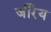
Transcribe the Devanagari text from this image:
जीरेय